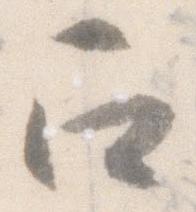
召